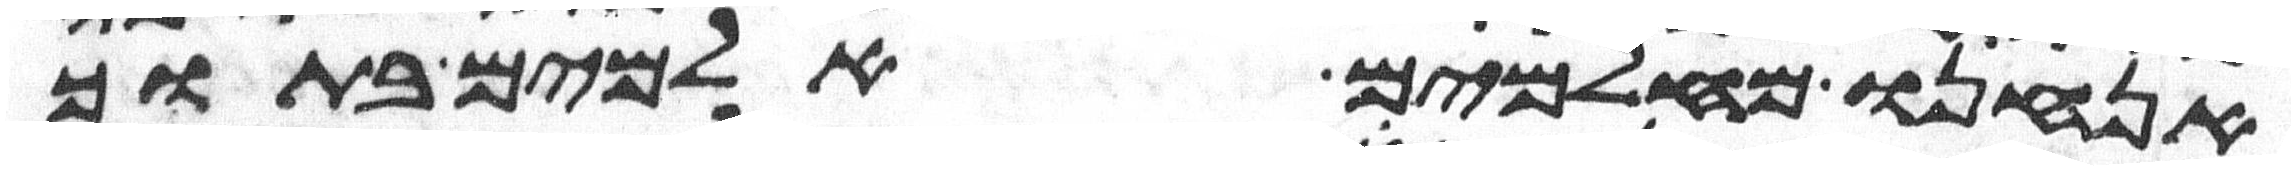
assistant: אנחנו מאלמים אלמים בתוך